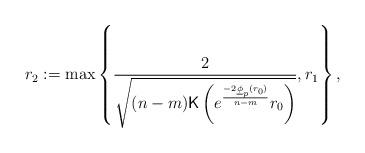
LaTeX: \begin{align*}r_2:=\max\left\{\frac{2}{\sqrt{(n-m){\sf K}\left(e^{\frac{-2\underline{\phi}_p(r_0)}{n-m}}r_0 \right)}},r_1\right\},\end{align*}